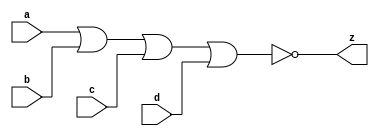
// This program was cloned from: https://github.com/siliconcompiler/lambdalib
// License: MIT License

//#############################################################################
//# Function: 4 Input Nor Gate                                                #
//# Copyright: Lambda Project Authors. All rights Reserved.                   #
//# License:  MIT (see LICENSE file in Lambda repository)                     #
//#############################################################################

module la_nor4 #(
    parameter PROP = "DEFAULT"
) (
    input  a,
    input  b,
    input  c,
    input  d,
    output z
);

    assign z = ~(a | b | c | d);

endmodule